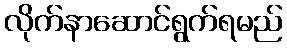
လိုက်နာဆောင်ရွက်ရမည်